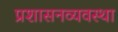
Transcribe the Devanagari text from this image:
प्रशासनव्यवस्था